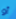
أو